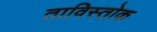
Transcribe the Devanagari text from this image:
ताविस्तोक